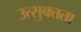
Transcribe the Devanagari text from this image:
उत्सुक्तता